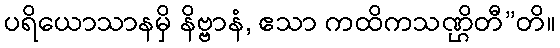
ပရိယောသာနမှိ နိဗ္ဗာနံ, ဧသာ ကထိကသဏ္ဌိတီ”တိ။